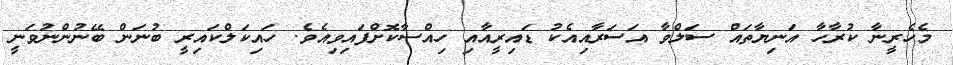
މެހެރީނާ ކުރާހާ އަނިޔާތައް ސަލްވާ އަސަރާއިއެކު ޑައިރީއާއި ހިއްސާކޮށްފައިވިއެވެ. ހައިކަލްކައިރީ ބުނަން ބޭނުންނުވަނީ